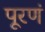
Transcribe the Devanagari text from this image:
पूरणं